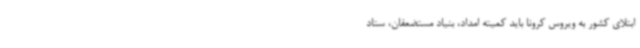
ابتلای کشور به ویروس کرونا باید کمیته امداد، بنیاد مستضعفان، ستاد